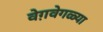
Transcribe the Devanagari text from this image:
वेग़वेगळ्या